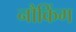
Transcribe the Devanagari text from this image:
नौकिंग